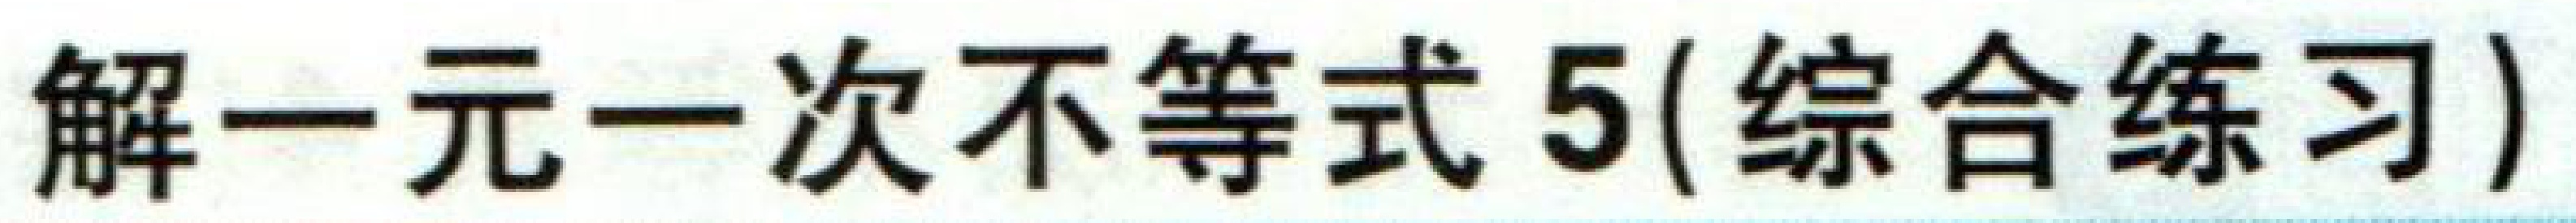
解一元一次不等式 5(综合练习)